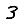
Digit: 3